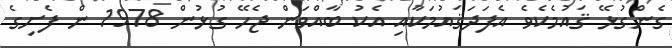
ގެންގުޅޭ ޤައުމެކެވެ އެފަދަޤައުމަކާއި އެކު ބާއްވަން ޖެހޭ ގުޅުން 1978 ން ފެށިގެ